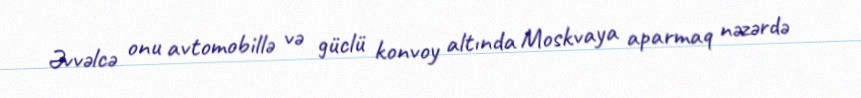
Əvvəlcə onu avtomobillə və güclü konvoy altında Moskvaya aparmaq nəzərdə